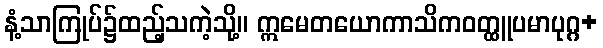
နံ့သာကြုပ်၌ထည့်သကဲ့သို့။ ဣမေတယောကာသိကဝတ္ထူပမာပုဂ္ဂ+